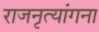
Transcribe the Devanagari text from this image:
राजनृत्यांगना